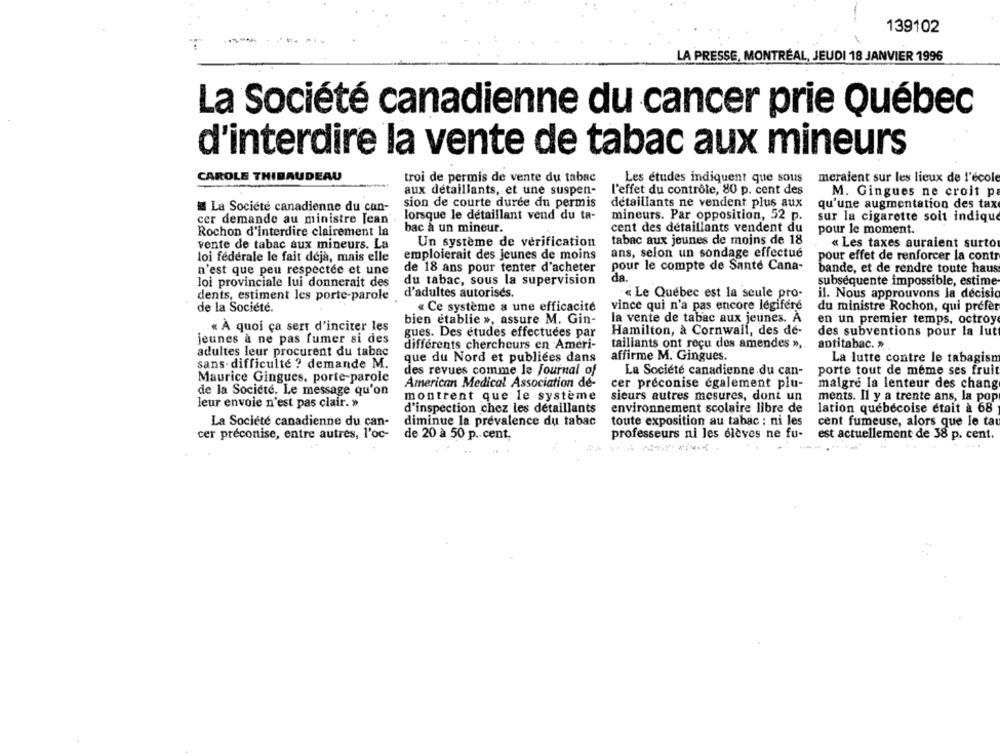
139102
LA PRESSE, MONTRÉAL, JEUDI 18 JANVIER 1996
La Société canadienne du cancer prie Québec
d'interdire la vente de tabac aux mineurs
CAROLE THIBAUDEAU
troi de permis de vente du tabac
Les etudes indiquent que sous
meraient sur les lieux de l'école
l'effet du contrôle, 80 p. cent des
aux détaillants, et une suspen-
M. Gingues ne croit p
sion de courte durée du permis
détaillants ne vendent plus aux
qu'une augmentation des tax
La Société canadienne du can-
cer demande au ministre Jean
lorsque le détaillant vend du ta-
mineurs. Par opposition, 52 p.
sur la cigarette soit indique
Rochon d'interdire clairement la
bac a un mineur.
cent des détaillants vendent du
pour le moment.
tabac aux jeunes de moins de 18
vente de tabac aux mineurs. La
Un système de vérification
« Les taxes auraient surto
loi fédérale le fait déjà, mais elle
emploierait des jeunes de moins
ans, selon un sondage effectué
pour effet de renforcer la contr
n'est que peu respectée et une
de 18 ans pour tenter d'acheter
pour le compte de Sante Cana-
bande, et de rendre toute haus
da.
loi provinciale lui donnerait des
du tabac, sous la supervision
subsequente impossible, estime
dents, estiment les porte-parole
d'adultes autorisés.
« Le Québec est la seule pro-
il. Nous approuvons la decisic
de la Société.
« Ce système a une efficacité
vince qui n'a pas encore legifere
du ministre Rochon, qui prefer
bien établie », assure M. Gin-
la vente de tabac aux jeunes. A
en un premier temps, octroy
« À quoi ça sert d'inciter les
Hamilton, à Cornwall, des de-
des subventions pour la lutt
jeunes à ne pas fumer si des
gues. Des études effectuées par
différents chercheurs en Ameri-
taillants ont reçu des amendes » ,.
antitabac. »
adultes leur procurent du tabac
sans- difficulté ? demande M.
que du Nord et publiées dans
affirme M. Gingues.
La lutte contre le tabagism
La Société canadienne du can-
porte tout de meme ses fruit
Maurice Gingues, porte-parole
des revues comme le Journal of
American Medical Association de-
cer préconise également plu-
malgré la lenteur des chang
de la Société. Le message qu'on
montrent que le système
sieurs autres mesures, dont un
ments. Il y a trente ans, la pop
leur envoie n'est pas clair. »
d'inspection chez les détaillants
environnement scolaire libre de
lation québécoise était a 68
La Societe canadienne du can-
diminue la prévalence du tabac
toute exposition au tabac : ni les
cent fumeuse, alors que le ta
cer préconise, entre autres, l'oc-
de 20 à 50 p. cent.
professeurs ni les élèves ne fu-
est actuellement de 38 p. cent.